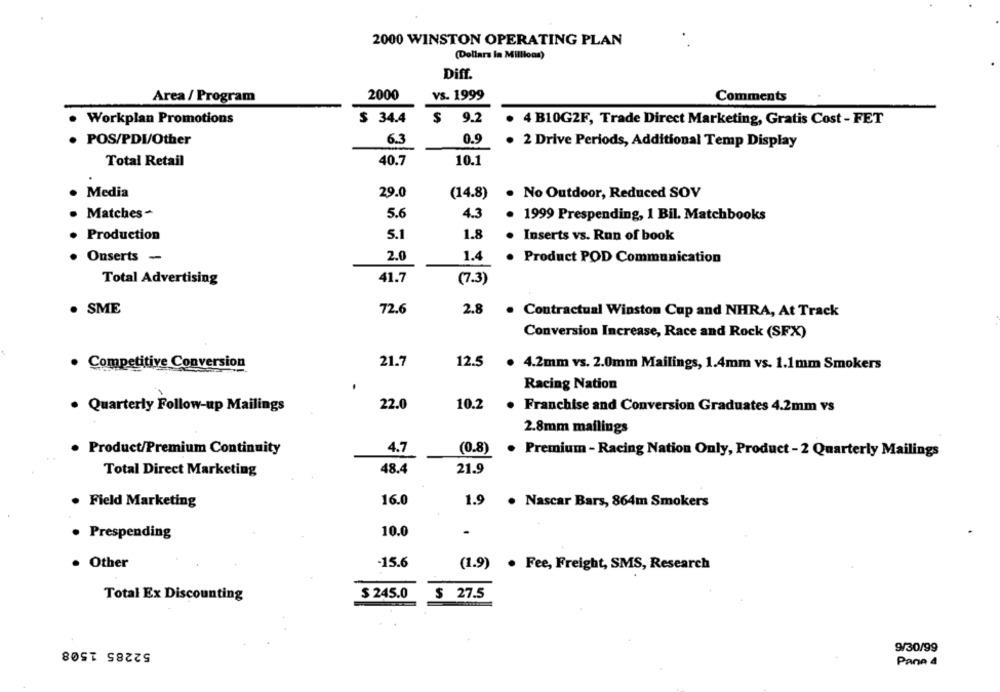
2000 WINSTON OPERATING PLAN
(Dollars in Millions)
Diff.
2000
vs. 1999
Area / Program
Comments
Workplan Promotions
$ 34.4
$ 9.2
. 4 B10G2F, Trade Direct Marketing, Gratis Cost - FET
. POS/PDI/Other
6.3
0.9
2 Drive Periods, Additional Temp Display
Total Retail
40.7
10.1
Media
29.0
No Outdoor, Reduced SOV
(14.8)
Matches -
5.6
4.3
1999 Prespending, 1 Bil. Matchbooks
5.1
1.8
Production
Inserts vs. Run of book
2.0
Onserts -
1.4
. Product POD Communication
Total Advertising
41.7
(7.3)
SME
72.6
2.8
. Contractual Winston Cup and NHRA, At Track
Conversion Increase, Race and Rock (SFX)
Competitive Conversion
21.7
12.5
. 4.2mm vs. 2.0mm Mailings, 1.4mm vs. 1.1mm Smokers
Racing Nation
. Quarterly Follow-up Mailings
22.0
10.2
. Franchise and Conversion Graduates 4.2mm vs
2.8mm mailings
Product/Premium Continuity
4.7
(0.8)
. Premium - Racing Nation Only, Product - 2 Quarterly Mailings
48.4
21.9
Total Direct Marketing
· Field Marketing
16.0
1.9
. Nascar Bars, 864m Smokers
10.0
-
· Prespending
. Other
-15.6
(1.9) . Fee, Freight, SMS, Research
Total Ex Discounting
$ 245.0
$ 27.5
52285 1508
9/30/99
Pane 4